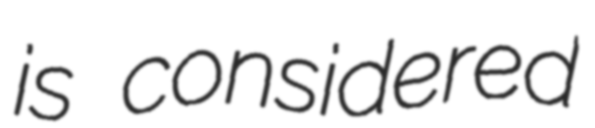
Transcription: is considered